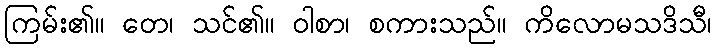
ကြမ်း၏။ တေ၊ သင်၏။ ဝါစာ၊ စကားသည်။ ကိလောမသဒိသီ၊